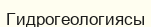
Гидрогеологиясы